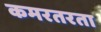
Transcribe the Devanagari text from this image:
कमरतरता